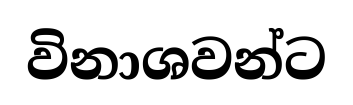
විනාශවන්ට